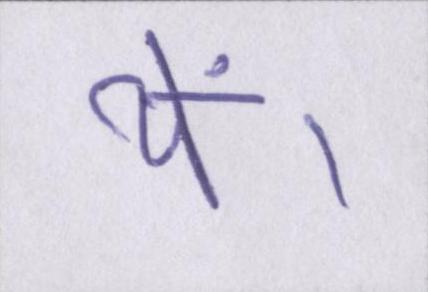
थें।